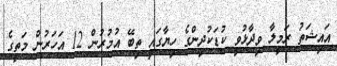
އައިޝަތު ރަމީލާ ވިދާޅުވީ ކުޑަކުދިންގެ ހިޔާގައި ތިބޭ އުމުރުން 12 އަހަރުން މަތީގެ